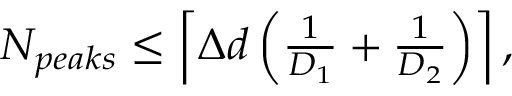
\begin{array} { r } { N _ { p e a k s } \leq \left\lceil \Delta d \left( \frac { 1 } { D _ { 1 } } + \frac { 1 } { D _ { 2 } } \right) \right\rceil , } \end{array}